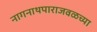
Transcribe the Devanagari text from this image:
नागनाथपाराजवळच्या